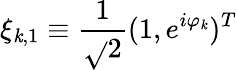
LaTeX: \xi_{\mathit{k},1}\equiv\frac{{1}}{{\sqrt{}{{2}}}}(1,e^{i\varphi_{\mathit{k}}})^{T}